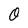
Character: 0